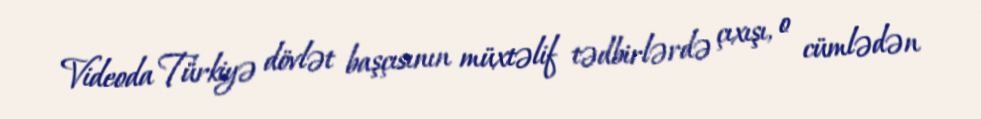
Videoda Türkiyə dövlət başçısının müxtəlif tədbirlərdə çıxışı, o cümlədən